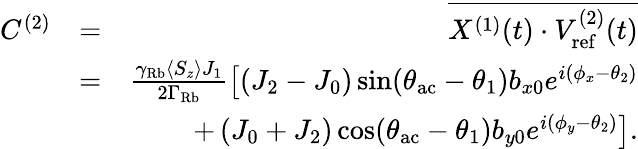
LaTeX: \begin{array}{rlr}{C^{(2)}}&{=}&{\overline{{X^{(1)}(t)\cdot V_{\mathrm{ref}}^{(2)}(t)}}}\\ &{=}&{\frac{\gamma_{\mathrm{Rb}}\langle S_{z}\rangle J_{1}}{2\Gamma_{\mathrm{Rb}}}\left[(J_{2}-J_{0})\sin(\theta_{\mathrm{ac}}-\theta_{1})b_{x0}e^{i(\phi_{x}-\theta_{2})}\right.}\\ &{}&{+\left.(J_{0}+J_{2})\cos(\theta_{\mathrm{ac}}-\theta_{1})b_{y0}e^{i(\phi_{y}-\theta_{2})}\right].}\end{array}